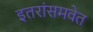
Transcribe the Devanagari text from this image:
इतरांसमवेत